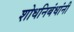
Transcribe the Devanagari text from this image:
शोधनिबंधांनी